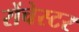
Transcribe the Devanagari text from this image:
रोंचेस्टर